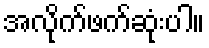
အလိုက်ဖက်ဆုံးပါ။